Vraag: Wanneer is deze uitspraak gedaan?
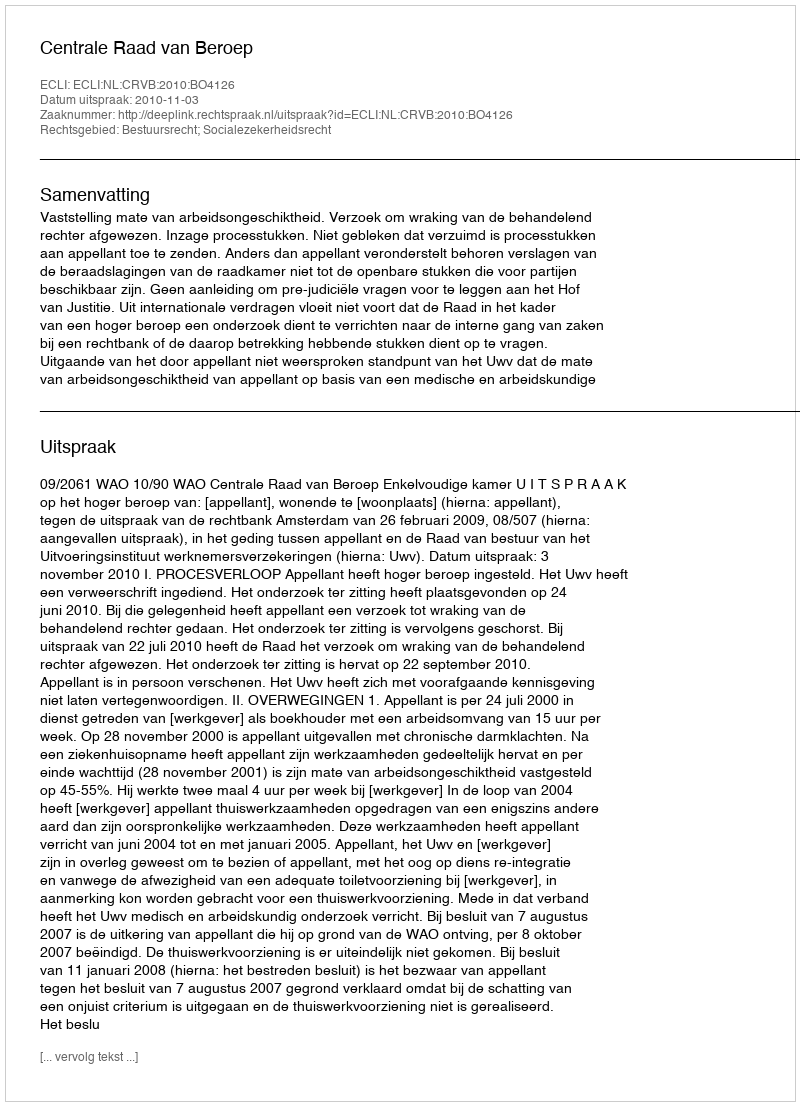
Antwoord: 2010-11-03